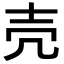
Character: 壳